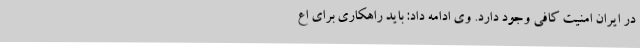
در ایران امنیت کافی وجود دارد. وی ادامه داد: باید راهکاری برای اع